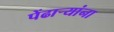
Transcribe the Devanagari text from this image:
पेंढाऱ्यांना